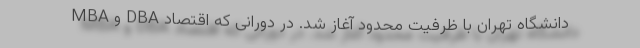
MBA و DBA دانشگاه تهران با ظرفیت محدود آغاز شد. در دورانی که اقتصاد